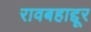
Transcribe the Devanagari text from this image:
रावबहाद्दूर